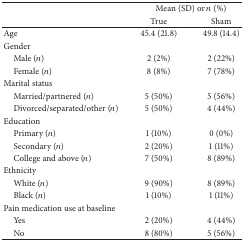
<table><thead><tr><td><b> </b></td><td colspan="2"><b>Mean (SD) or <i>n</i> (%)</b></td></tr><tr><td><b> </b></td><td><b> True</b></td><td><b> Sham </b></td></tr></thead><tbody><tr><td>Age</td><td> 45.4 (21.8)</td><td> 49.8 (14.4)</td></tr><tr><td>Gender</td><td> </td><td> </td></tr><tr><td> Male (<i>n</i>)</td><td>2 (2%)</td><td>2 (22%)</td></tr><tr><td> Female (<i>n</i>)</td><td>8 (8%)</td><td>7 (78%)</td></tr><tr><td>Marital status</td><td> </td><td> </td></tr><tr><td> Married/partnered (<i>n</i>)</td><td>5 (50%)</td><td>5 (56%)</td></tr><tr><td> Divorced/separated/other (<i>n</i>)</td><td>5 (50%)</td><td>4 (44%)</td></tr><tr><td>Education</td><td> </td><td> </td></tr><tr><td> Primary (<i>n</i>)</td><td>1 (10%)</td><td>0 (0%)</td></tr><tr><td> Secondary (<i>n</i>)</td><td>2 (20%)</td><td>1 (11%)</td></tr><tr><td> College and above (<i>n</i>)</td><td>7 (50%)</td><td>8 (89%)</td></tr><tr><td>Ethnicity</td><td> </td><td> </td></tr><tr><td> White (<i>n</i>)</td><td>9 (90%)</td><td>8 (89%)</td></tr><tr><td> Black (<i>n</i>)</td><td>1 (10%)</td><td>1 (11%)</td></tr><tr><td>Pain medication use at baseline</td><td> </td><td> </td></tr><tr><td> Yes</td><td>2 (20%)</td><td>4 (44%)</td></tr><tr><td> No</td><td>8 (80%)</td><td>5 (56%)</td></tr></tbody></table>